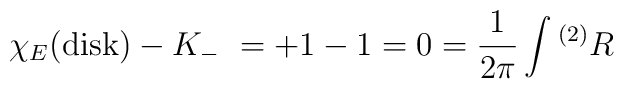
\chi_{E}(\hbox{disk}) - K_{-} \ = +1 - 1 = 0 = {1\over 2\pi}\int {}^{(2)}R